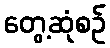
တွေ့ဆုံစဉ်